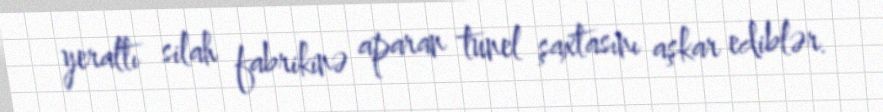
yeraltı silah fabrikinə aparan tunel şaxtasını aşkar ediblər.